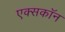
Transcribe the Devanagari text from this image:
एक्सकॉन